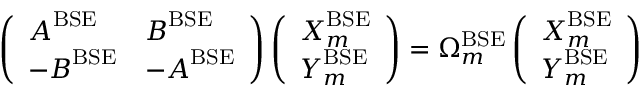
\left( \begin{array} { l l } { \boldsymbol { A } ^ { \mathrm { B S E } } } & { \boldsymbol { B } ^ { \mathrm { B S E } } } \\ { - \boldsymbol { B } ^ { \mathrm { B S E } } } & { - \boldsymbol { A } ^ { \mathrm { B S E } } } \end{array} \right) \left( \begin{array} { l } { \boldsymbol { X } _ { m } ^ { \mathrm { B S E } } } \\ { \boldsymbol { Y } _ { m } ^ { \mathrm { B S E } } } \end{array} \right) = \Omega _ { m } ^ { \mathrm { B S E } } \left( \begin{array} { l } { \boldsymbol { X } _ { m } ^ { \mathrm { B S E } } } \\ { \boldsymbol { Y } _ { m } ^ { \mathrm { B S E } } } \end{array} \right)